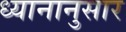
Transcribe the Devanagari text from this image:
ध्यानानुसार